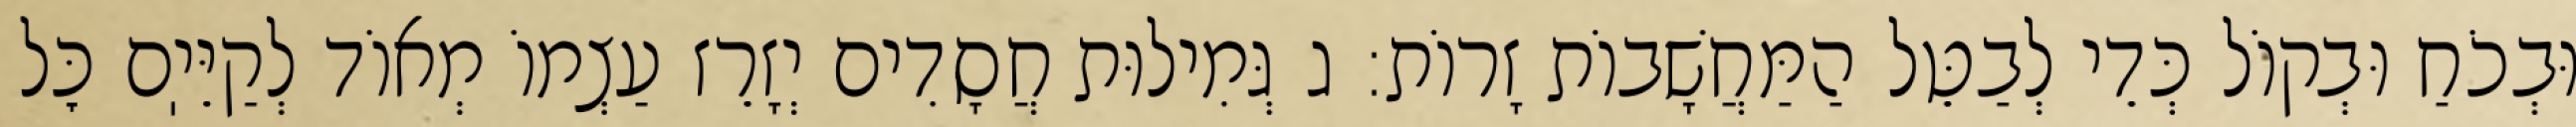
וּבְכֹחַ וּבְקוֹל כְּדֵי לְבַטֵּל הַמַּחֲשָׁבוֹת זָרוֹת: ג גְּמִילוּת חֲסָדִים יְזָרֵז עַצְמוֹ מְאוֹד לְקַיֵּיֽם כׇּל